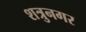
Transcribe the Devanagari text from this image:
शत्रुनगर